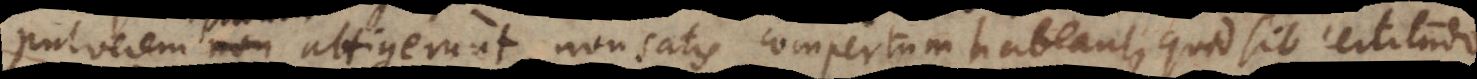
pulverem parum attigerunt, non satis compertum habeant, quid sit certitudo